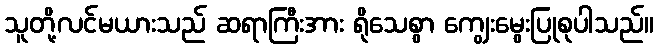
သူတို့လင်မယားသည် ဆရာကြီးအား ရိုသေစွာ ကျွေးမွေးပြုစုပါသည်။